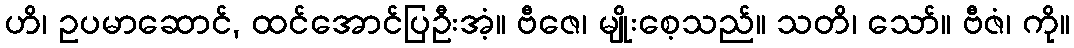
ဟိ၊ ဥပမာဆောင်, ထင်အောင်ပြဦးအံ့။ ဗီဇေ၊ မျိုးစေ့သည်။ သတိ၊ သော်။ ဗီဇံ၊ ကို။